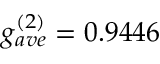
g _ { a v e } ^ { ( 2 ) } = 0 . 9 4 4 6